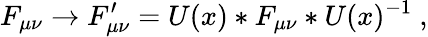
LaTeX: F_{\mu\nu}\to F_{\mu\nu}^{\prime}=U(x)*F_{\mu\nu}*U(x)^{-1}\ ,